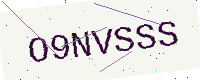
Text: O9NVSSS